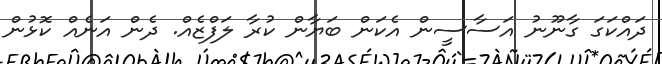
ދައްކަގަ ގާނޫނު އަސާސީން އެކަން ބަޔާން ކުރާ ލަފްޒެއް. ދެން އަނެއް ކޮޅުން